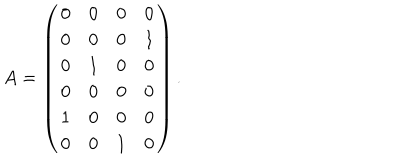
A = \left( \begin{array} { c c c c } { { 0 } } & { { 0 } } & { { 0 } } & { { 0 } } \\ { { 0 } } & { { 0 } } & { { 0 } } & { { 1 } } \\ { { 0 } } & { { 1 } } & { { 0 } } & { { 0 } } \\ { { 0 } } & { { 0 } } & { { 0 } } & { { 0 } } \\ { { 1 } } & { { 0 } } & { { 0 } } & { { 0 } } \\ { { 0 } } & { { 0 } } & { { 1 } } & { { 0 } } \\ \end{array} \right) .